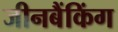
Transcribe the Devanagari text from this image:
जीनबैंकिंग